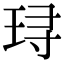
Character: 𬍤